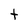
Character: t